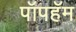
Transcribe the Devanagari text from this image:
पॉपहॅम